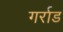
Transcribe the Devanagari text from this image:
गर्राड